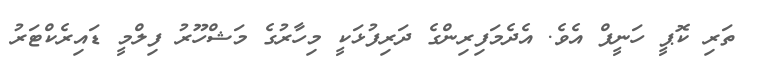
ތަރި ކޮޕީ ހަނީފް އެވެ. އެދެމަފިރިންގެ ދަރިފުޅަކީ މިހާރުގެ މަޝްހޫރު ފިލްމީ ޑައިރެކްޓަރު